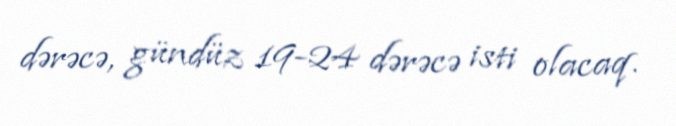
dərəcə, gündüz 19-24 dərəcə isti olacaq.